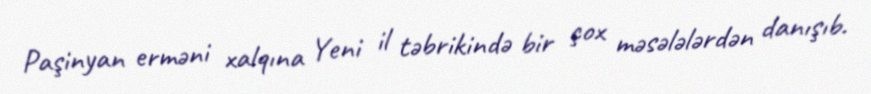
Paşinyan erməni xalqına Yeni il təbrikində bir çox məsələlərdən danışıb.